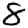
Digit: 8